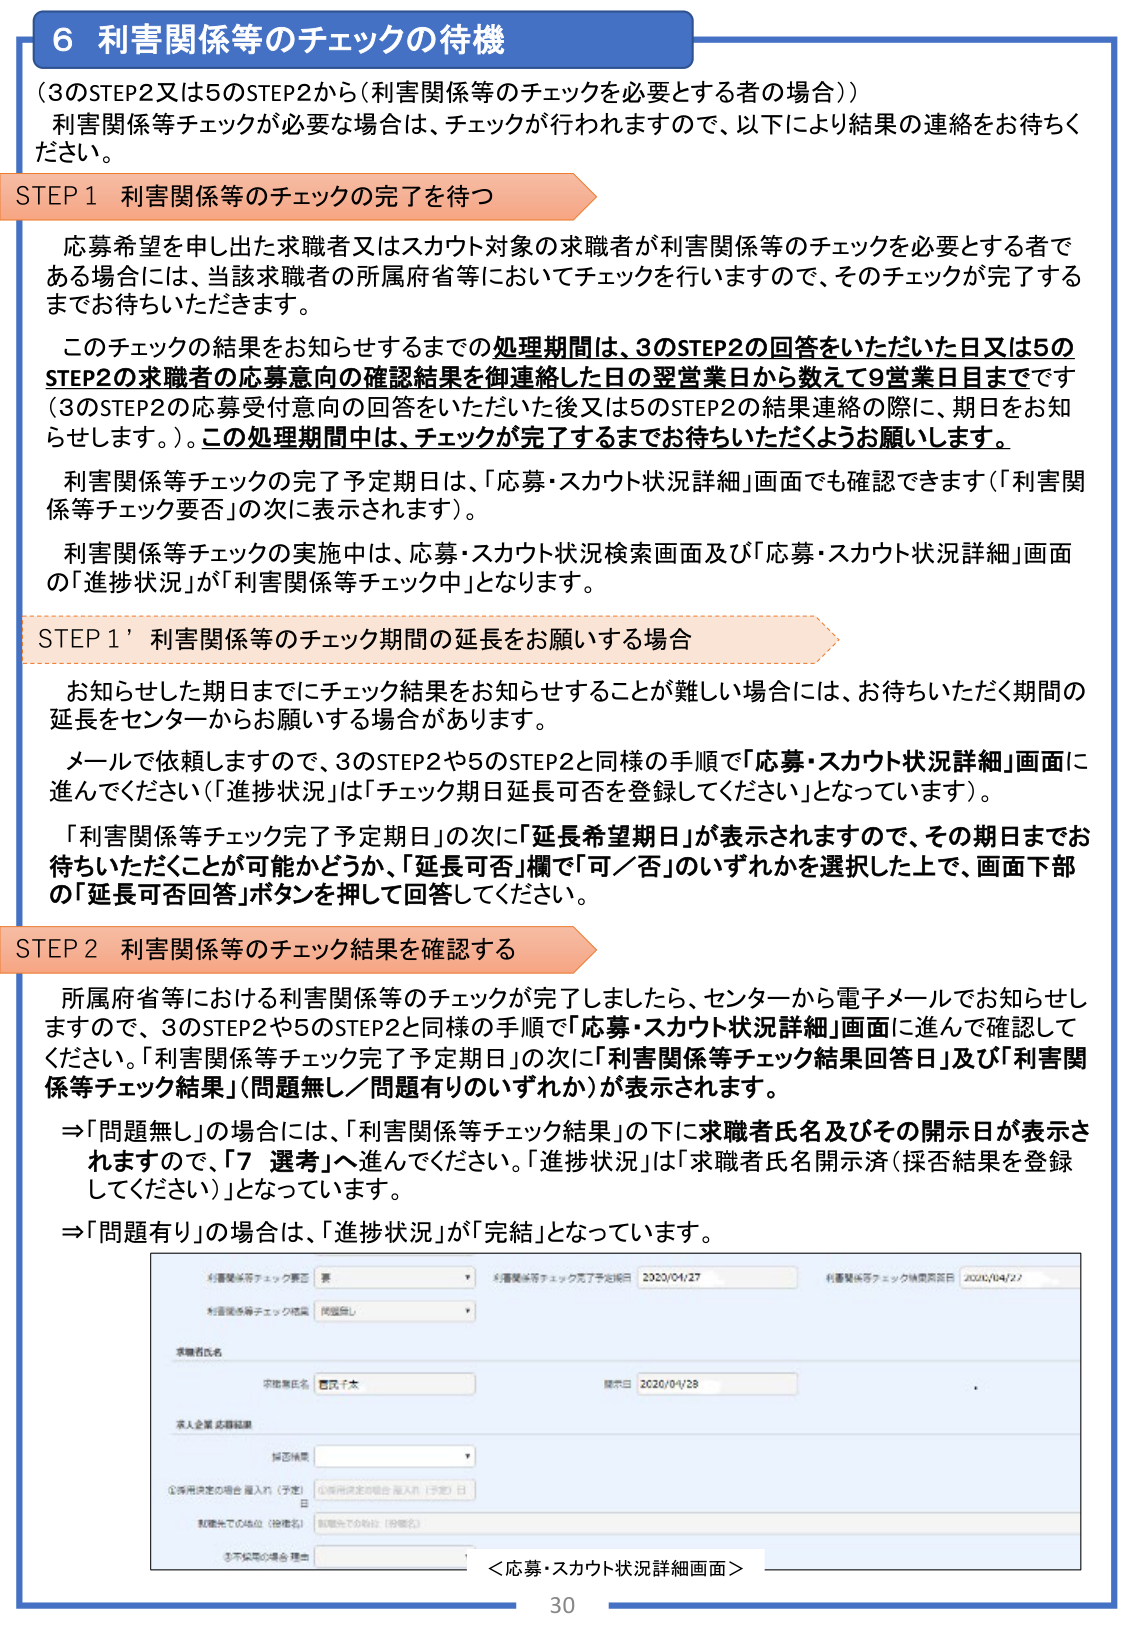
6 利害関係等のチェックの待機
（3のSTEP2又は5のSTEP2から（利害関係等のチェックを必要とする者の場合））
利害関係等チェックが必要な場合は、チェックが行われますので、以下により結果の連絡をお待ちください。

STEP 1 利害関係等のチェックの完了を待つ
応募希望を申し出た求職者又はスカウト対象の求職者が利害関係等のチェックを必要とする者である場合には、当該求職者の所属府省等においてチェックを行いますので、そのチェックが完了するまでお待ちいただきます。
このチェックの結果をお知らせするまでの処理期間は、3のSTEP2の回答をいただいた日又は5のSTEP2の求職者の応募意向の確認結果を御連絡した日の翌営業日から数えて9営業日目までです（3のSTEP2の応募受付意向の回答をいただいた後又は5のSTEP2の結果連絡の際に、期日をお知らせします。）。この処理期間中は、チェックが完了するまでお待ちいただくようお願いします。
利害関係等チェックの完了予定期日は、「応募・スカウト状況詳細」画面でも確認できます（「利害関係等チェック要否」の次に表示されます）。
利害関係等チェックの実施中は、応募・スカウト状況検索画面及び「応募・スカウト状況詳細」画面の「進捗状況」が「利害関係等チェック中」となります。

STEP 1' 利害関係等のチェック期間の延長をお願いする場合
お知らせした期日までにチェック結果をお知らせすることが難しい場合には、お待ちいただく期間の延長をセンターからお願いする場合があります。
メールで依頼しますので、3のSTEP2や5のSTEP2と同様の手順で「応募・スカウト状況詳細」画面に進んでください（「進捗状況」は「チェック期日延長可否を登録してください」となっています）。
「利害関係等チェック完了予定期日」の次に「延長希望期日」が表示されますので、その期日までお待ちいただくことが可能かどうか、「延長可否」欄で「可／否」のいずれかを選択した上で、画面下部の「延長可否回答」ボタンを押して回答してください。

STEP 2 利害関係等のチェック結果を確認する
所属府省等における利害関係等のチェックが完了しましたら、センターから電子メールでお知らせしますので、3のSTEP2や5のSTEP2と同様の手順で「応募・スカウト状況詳細」画面に進んで確認してください。「利害関係等チェック完了予定期日」の次に「利害関係等チェック結果回答日」及び「利害関係等チェック結果」（問題無し／問題有りのいずれか）が表示されます。
⇒「問題無し」の場合には、「利害関係等チェック結果」の下に求職者氏名及びその開示日が表示されますので、「7 選考」へ進んでください。「進捗状況」は「求職者氏名開示済（採否結果を登録してください）」となっています。
⇒「問題有り」の場合は、「進捗状況」が「完結」となっています。

利害関係等チェック要否：要
利害関係等チェック完了予定期日：2020/04/27
利害関係等チェック結果回答日：2020/04/27
利害関係等チェック結果：問題無し
求職者氏名：○○千太
開示日：2020/04/28
求人企業応募結果
採否結果：
全採用決定の場合 選入日（予定）日：
転職先での地位（役職名）：
③不採用の場合 理由：
＜応募・スカウト状況詳細画面＞
30